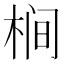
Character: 𱣤